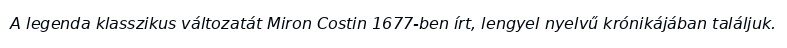
A legenda klasszikus változatát Miron Costin 1677-ben írt, lengyel nyelvű krónikájában találjuk.